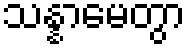
သန္နာမေတွာ